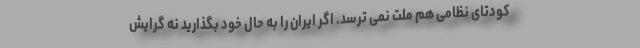
کودتای نظامی هم ملت نمی ترسد. اگر ایران را به حال خود بگذارید نه گرایش